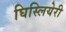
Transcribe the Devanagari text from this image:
घिस्लियेरी